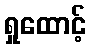
ရှုထောင့်